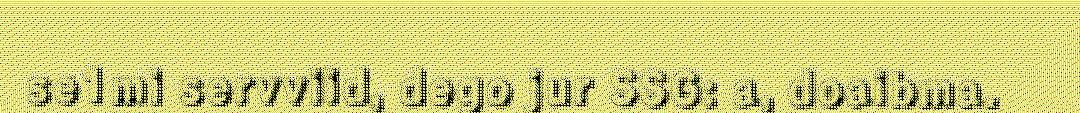
se1mi servviid, dego jur SSG: a, doaibma.